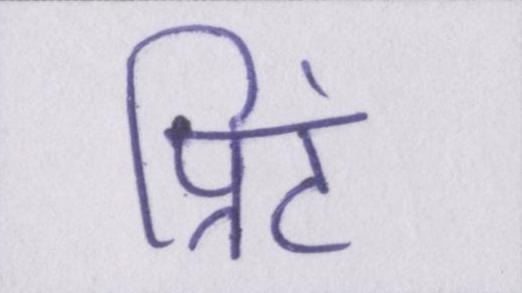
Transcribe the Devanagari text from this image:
प्रिंट